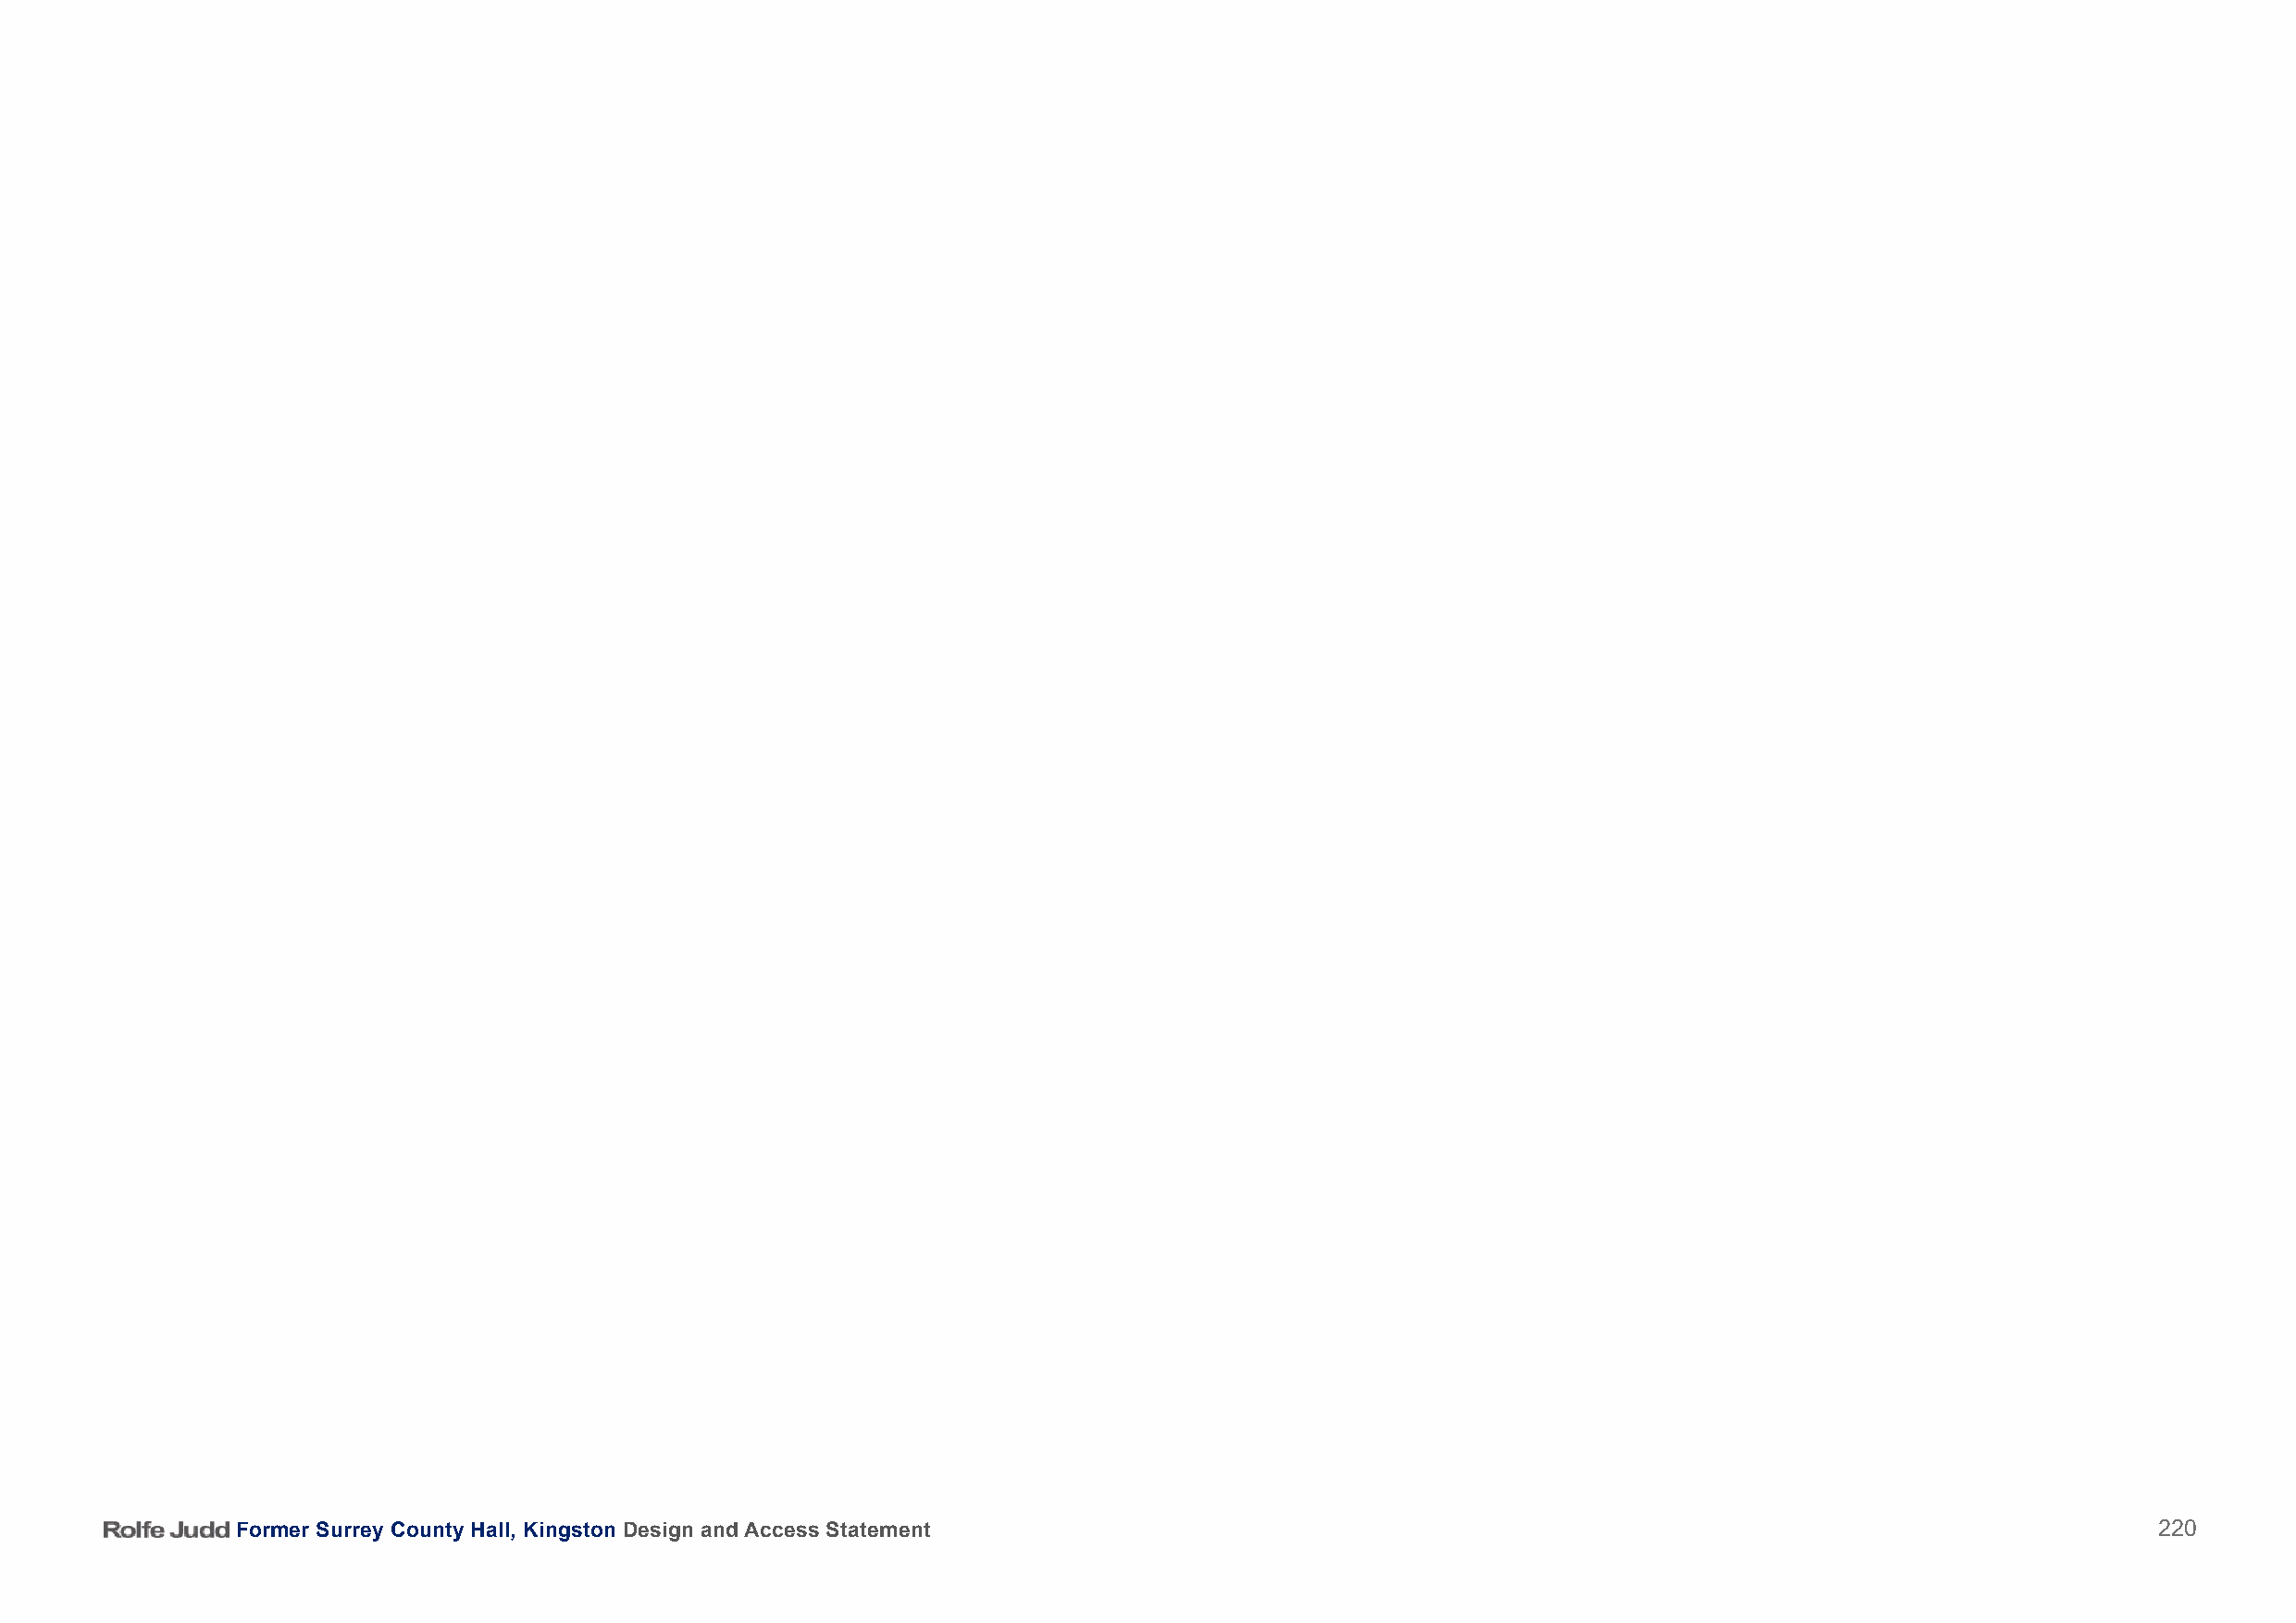
Former Surrey County Hall, Kingston Design and Access Statement                                                                          220